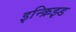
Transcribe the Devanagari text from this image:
इन्क्रिझ्ड